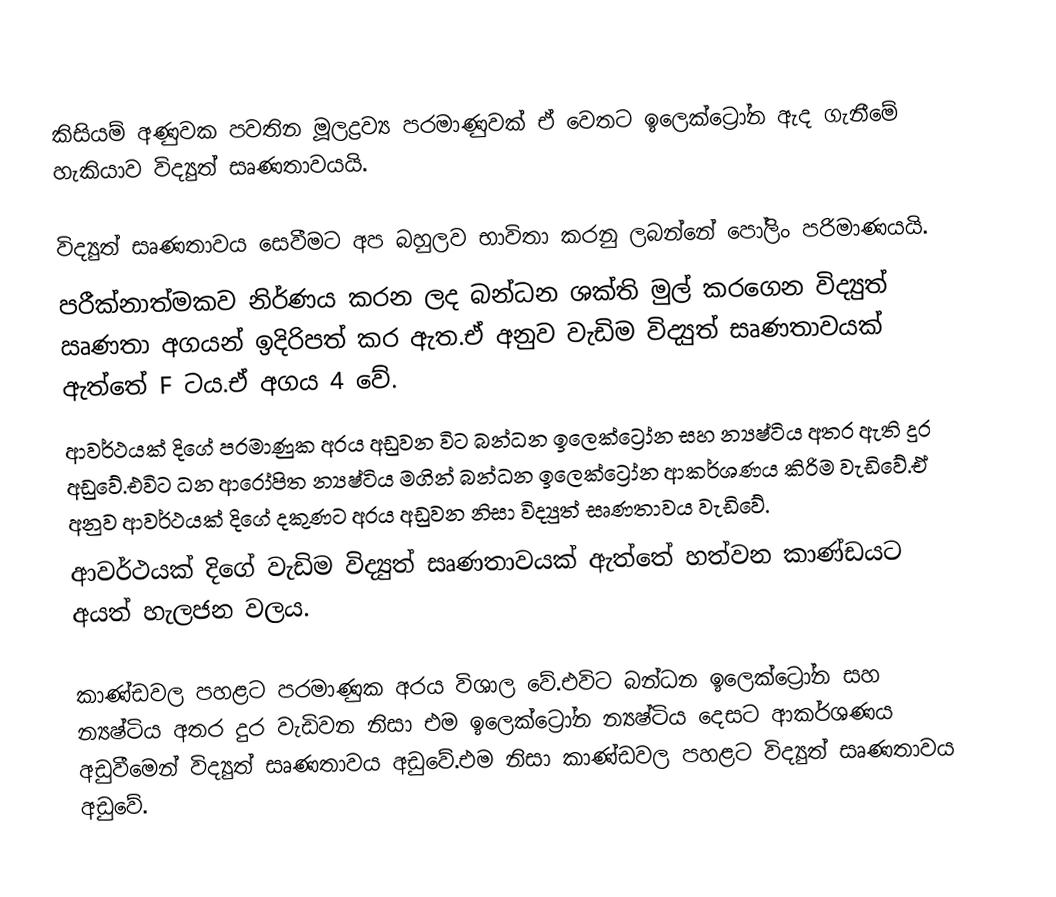
කිසියම් අණුවක පවතින මූලද්‍රව්‍ය පරමාණුවක් ඒ වෙතට ඉලෙක්ට්‍රෝන ඇද ගැනීමේ හැකියාව විද්‍යුත් සෘණතාවයයි.

විද්‍යුත් සෘණතාවය සෙවීමට අප බහුලව භාවිතා කරනු ලබන්නේ පෝලිං පරිමාණයයි.
පරීක්නාත්මකව නිර්ණය කරන ලද බන්ධන ශක්ති මුල් කරගෙන විද්‍යුත් ඍණතා අගයන් ඉදිරිපත් කර ඇත.ඒ අනුව වැඩිම විද්‍යුත් සෘණතාවයක් ඇත්තේ F ටය.ඒ අගය 4 වේ.
ආවර්ථයක් දිගේ පරමාණුක අරය අඩුවන විට බන්ධන ඉලෙක්ට්‍රෝන සහ න්‍යෂ්ටිය අතර ඇති දුර අඩුවේ.එවිට ධන ආරෝපිත න්‍යෂ්ටිය මගින් බන්ධන ඉලෙක්ට්‍රෝන ආකර්ශණය කිරිම වැඩිවේ.ඒ අනුව ආවර්ථයක් දිගේ දකුණට අරය අඩුවන නිසා විද්‍යුත් සෘණතාවය වැඩිවේ.
ආවර්ථයක් දිගේ වැඩිම විද්‍යුත් සෘණතාවයක් ඇත්තේ හත්වන කාණ්ඩයට අයත් හැලජන වලය.

කාණ්ඩවල පහළට පරමාණුක අරය විශාල වේ.එවිට බන්ධන ඉලෙක්ට්‍රෝන සහ න්‍යෂ්ටිය අතර දුර වැඩිවන නිසා එම ඉලෙක්ට්‍රෝන න්‍යෂ්ටිය දෙසට ආකර්ශණය අඩුවීමෙන් විද්‍යුත් සෘණතාවය අඩුවේ.එම නිසා කාණ්ඩවල පහළට විද්‍යුත් සෘණතාවය අඩුවේ.